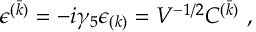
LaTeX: \epsilon ^ { ( \bar { k } ) } = - i \gamma _ { 5 } \epsilon _ { ( k ) } = V ^ { - 1 / 2 } { \cal C } ^ { ( \bar { k } ) } \ ,